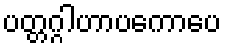
ပတ္တဂ္ဂါဟာပကောပေ